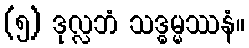
(၅) ဒုလ္လဘံ သဒ္ဓမ္မဿနံ။